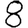
Digit: 8